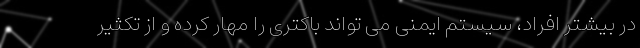
در بیشتر افراد، سیستم ایمنی می تواند باکتری را مهار کرده و از تکثیر